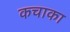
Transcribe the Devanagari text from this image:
कचाका